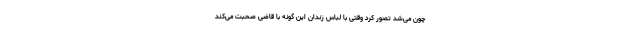
چون می‌شد تصور کرد وقتی با لباس زندان این گونه با قاضی صحبت می‌کند